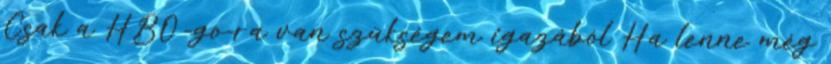
Csak a HBO-go-ra van szükségem igazából Ha lenne még